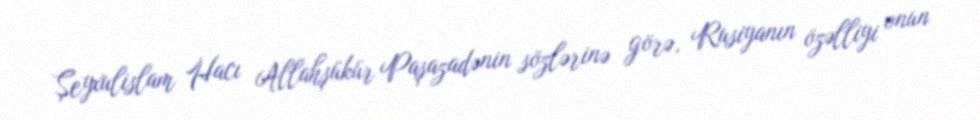
Şeyxulislam Hacı Allahşükür Paşazadənin sözlərinə görə, Rusiyanın özəlliyi onun